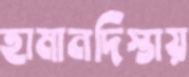
হামানদিস্তায়